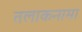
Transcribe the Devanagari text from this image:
तलाकनामा